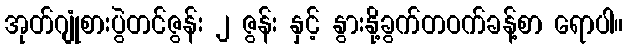
အုတ်ဂျုံစားပွဲတင်ဇွန်း ၂ ဇွန်း နှင့် နွားနို့ခွက်တဝက်ခန့်စာ ရောပါ။